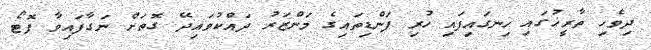
ދިވެހި ތާރީޚުގައި ހިނގައިފައި ހުރި ފަންޑިތައިގެ މަންޒަރު ދައްކުވައިދޭ ގޮތަށް ނަގާފައިވާ ފޮޓޯ